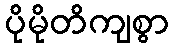
ပိုမိုတိကျစွာ